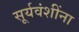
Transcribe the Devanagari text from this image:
सूर्यवंशींना